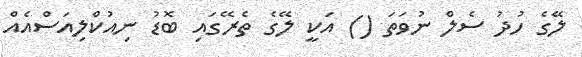
ލޭގެ ހުދު ސެލް ނުވަތަ () އަކީ ލޭގެ ތެރޭގައި ބޮޑު ނިއުކްލިއަސްއެއް